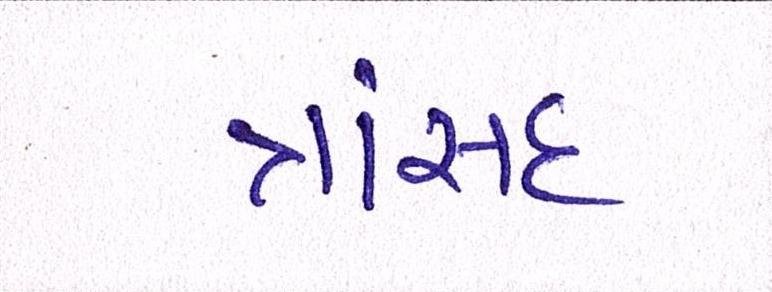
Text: ત્રાંસદ